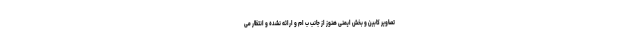
تصاویر کابین و بخش ایمنی هنوز از جانب ب ام و ارائه نشده و انتظار می